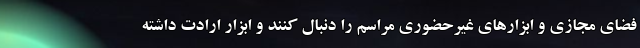
فضای مجازی و ابزارهای غیرحضوری مراسم را دنبال کنند و ابزار ارادت داشته